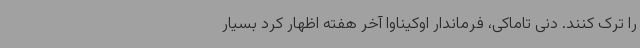
را ترک کنند. دنی تاماکی، فرماندار اوکیناوا آخر هفته اظهار کرد بسیار